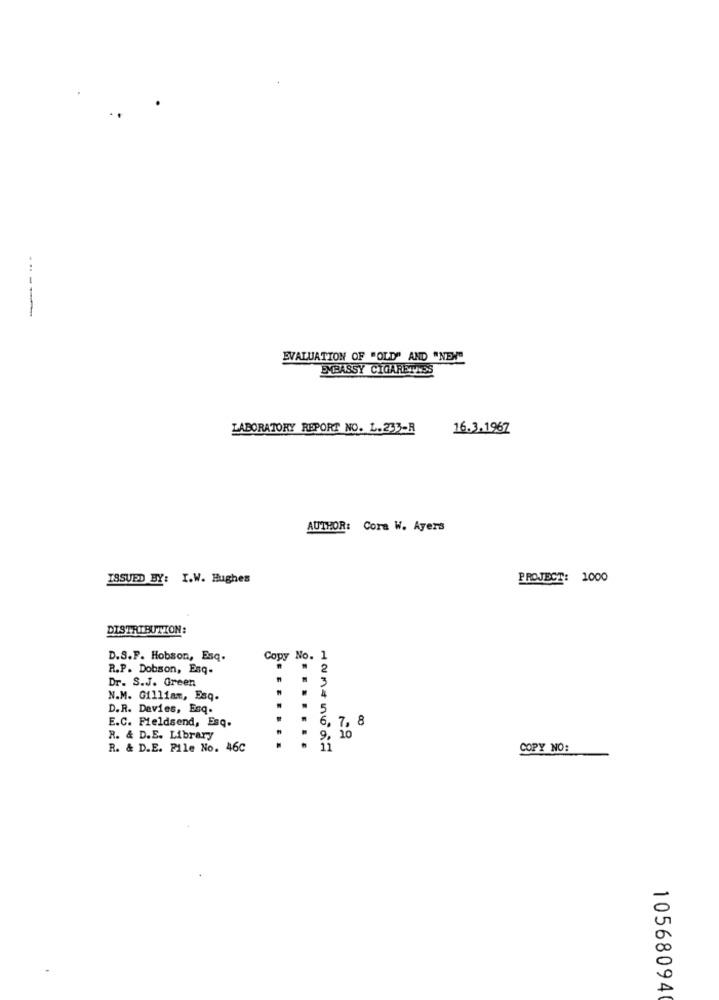
-----
EVALUATION OF "OLD" AND "NEW"
EMBASSY CIGARETTES
LABORATORY REPORT NO. L.233-R
16.3.1967
AUTHOR: Cora W. Ayers
ISSUED BY: I.W. Hughes
PROJECT: 1000
DISTRIBUTION:
D.S.F. Hobson, Esq.
Copy No. 1
R.P. Dobson, Esq.
2
Dr. S.J. Green
3
4
N.M. Gilliam, Esq.
D.R. Davies, Esq.
.
5
E.C. Fieldsend, Esq.
6.
7. 8
R. & D.E. Library
R. & D.E. Pile No. 46C
.....
COPY NO:
0
0
A
10568094